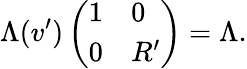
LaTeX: \Lambda(v^{\prime})\left(\begin{array}{ll}{1}&{0}\\ {0}&{R^{\prime}}\end{array}\right)=\Lambda.